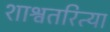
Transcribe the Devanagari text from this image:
शाश्वतरित्या